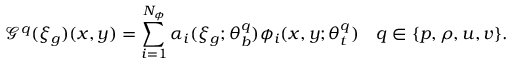
\mathcal { G } ^ { q } ( \xi _ { g } ) ( x , y ) = \sum _ { i = 1 } ^ { N _ { \phi } } \alpha _ { i } ( \xi _ { g } ; \theta _ { b } ^ { q } ) \phi _ { i } ( x , y ; \theta _ { t } ^ { q } ) \quad q \in \{ p , \rho , u , v \} .